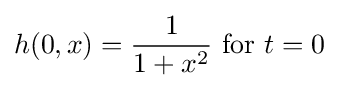
h(0,x)={1 \over 1+x^{2}}{\text{ for }}t=0